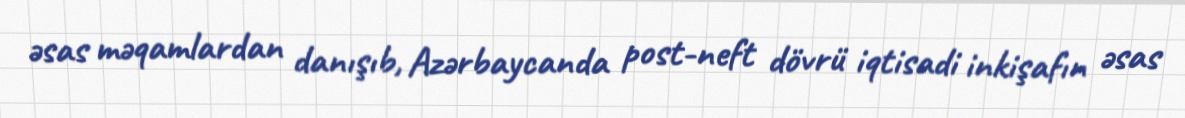
əsas məqamlardan danışıb, Azərbaycanda post-neft dövrü iqtisadi inkişafın əsas